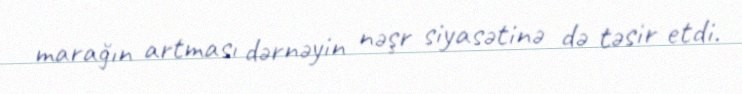
marağın artması dərnəyin nəşr siyasətinə də təsir etdi.